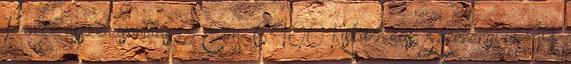
Termék összehasonlítás 0 Cím: 6400 Kiskunhalas, Széchenyi út 49.